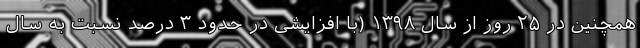
همچنین در ۲۵ روز از سال ۱۳۹۸ (با افزایشی در حدود ۳ درصد نسبت به سال